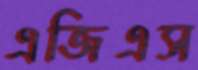
এজিএস